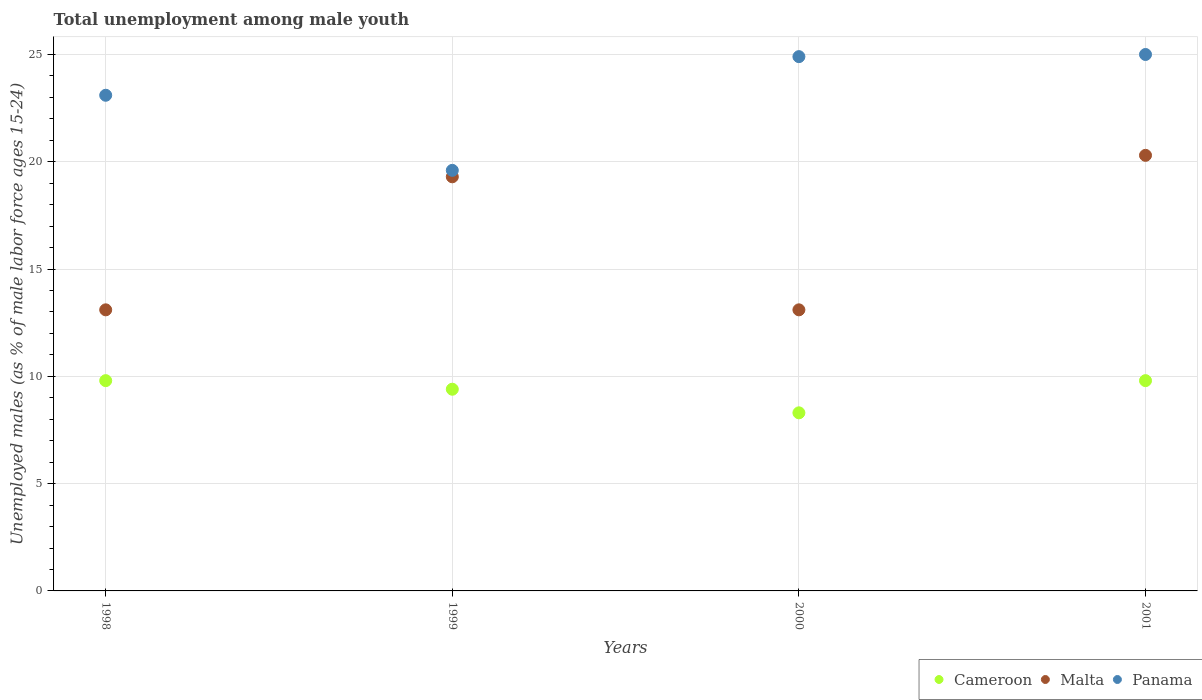
| Years | Cameroon | Malta | Panama |
 | --- | --- | --- | --- |
 | 1998 | 9.8 | 13.1 | 23.1 |
 | 1999 | 9.4 | 19.3 | 19.6 |
 | 2000 | 8.3 | 13.1 | 24.9 |
 | 2001 | 9.8 | 20.3 | 25 |